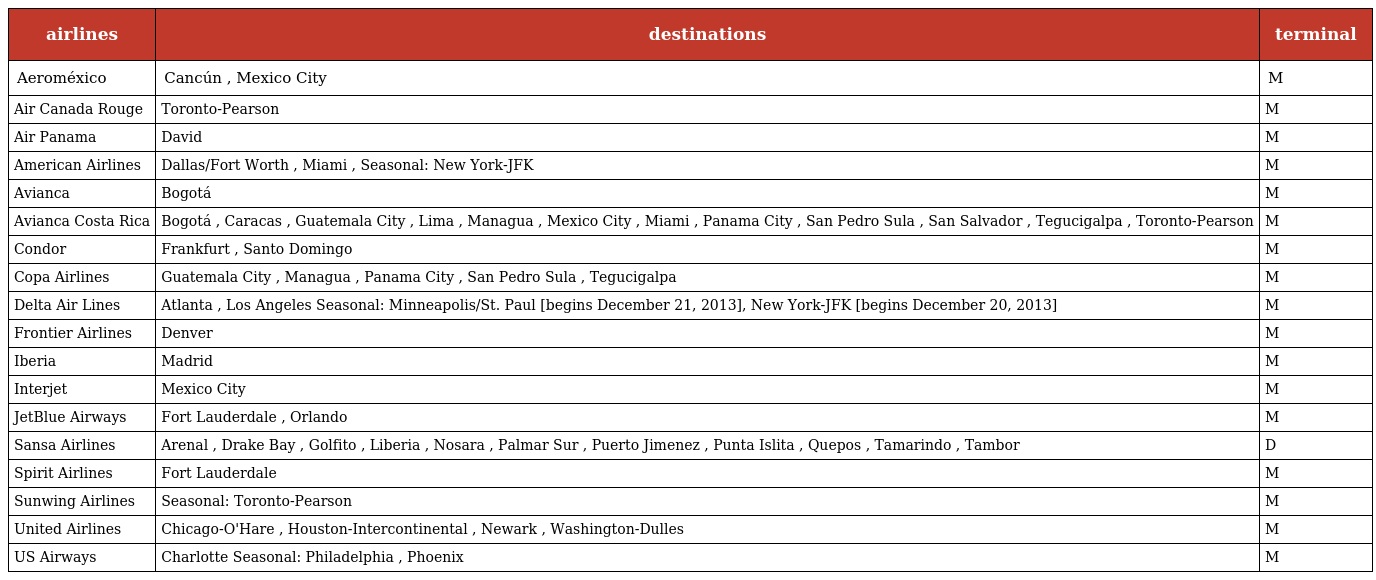
| airlines | destinations | terminal |
 | --- | --- | --- |
 | Aeroméxico | Cancún , Mexico City | M |
 | Air Canada Rouge | Toronto-Pearson | M |
 | Air Panama | David | M |
 | American Airlines | Dallas/Fort Worth , Miami , Seasonal: New York-JFK | M |
 | Avianca | Bogotá | M |
 | Avianca Costa Rica | Bogotá , Caracas , Guatemala City , Lima , Managua , Mexico City , Miami , Panama City , San Pedro Sula , San Salvador , Tegucigalpa , Toronto-Pearson | M |
 | Condor | Frankfurt , Santo Domingo | M |
 | Copa Airlines | Guatemala City , Managua , Panama City , San Pedro Sula , Tegucigalpa | M |
 | Delta Air Lines | Atlanta , Los Angeles Seasonal: Minneapolis/St. Paul [begins December 21, 2013], New York-JFK [begins December 20, 2013] | M |
 | Frontier Airlines | Denver | M |
 | Iberia | Madrid | M |
 | Interjet | Mexico City | M |
 | JetBlue Airways | Fort Lauderdale , Orlando | M |
 | Sansa Airlines | Arenal , Drake Bay , Golfito , Liberia , Nosara , Palmar Sur , Puerto Jimenez , Punta Islita , Quepos , Tamarindo , Tambor | D |
 | Spirit Airlines | Fort Lauderdale | M |
 | Sunwing Airlines | Seasonal: Toronto-Pearson | M |
 | United Airlines | Chicago-O'Hare , Houston-Intercontinental , Newark , Washington-Dulles | M |
 | US Airways | Charlotte Seasonal: Philadelphia , Phoenix | M |